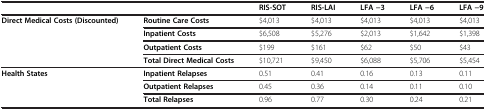
<table><thead><tr><td><b> </b></td><td><b> </b></td><td><b>RIS-SOT</b></td><td><b>RIS-LAI</b></td><td><b>LFA −3</b></td><td><b>LFA −6</b></td><td><b>LFA −9</b></td></tr></thead><tbody><tr><td rowspan="4"><b>Direct Medical Costs (Discounted)</b></td><td><b>Routine Care Costs</b></td><td>$4,013</td><td>$4,013</td><td>$4,013</td><td>$4,013</td><td>$4,013</td></tr><tr><td><b>Inpatient Costs</b></td><td>$6,508</td><td>$5,276</td><td>$2,013</td><td>$1,642</td><td>$1,398</td></tr><tr><td><b>Outpatient Costs</b></td><td>$199</td><td>$161</td><td>$62</td><td>$50</td><td>$43</td></tr><tr><td><b>Total Direct Medical Costs</b></td><td>$10,721</td><td>$9,450</td><td>$6,088</td><td>$5,706</td><td>$5,454</td></tr><tr><td rowspan="3"><b>Health States</b></td><td><b>Inpatient Relapses</b></td><td>0.51</td><td>0.41</td><td>0.16</td><td>0.13</td><td>0.11</td></tr><tr><td><b>Outpatient Relapses</b></td><td>0.45</td><td>0.36</td><td>0.14</td><td>0.11</td><td>0.10</td></tr><tr><td><b>Total Relapses</b></td><td>0.96</td><td>0.77</td><td>0.30</td><td>0.24</td><td>0.21</td></tr></tbody></table>